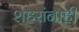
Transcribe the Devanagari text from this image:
शहरांनाही